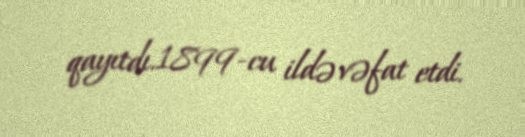
qayıtdı.1899-cu ildə vəfat etdi.